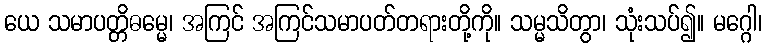
ယေ သမာပတ္တိဓမ္မေ၊ အကြင် အကြင်သမာပတ်တရားတို့ကို။ သမ္မသိတွာ၊ သုံးသပ်၍။ မဂ္ဂေါ၊